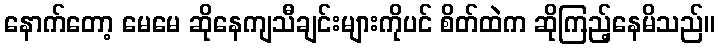
နောက်တော့ မေမေ ဆိုနေကျသီချင်းများကိုပင် စိတ်ထဲက ဆိုကြည့်နေမိသည်။